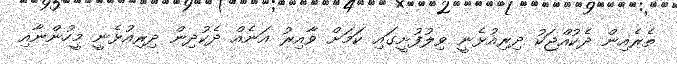
ތެރެއިން ދެކުއްޖަކު ދިރިއުޅެނީ ވިލުފުށީގައި ކަމަށް ވާއިރު އަނެއް ދެކުދިން ދިރިއުޅެނީ މީހުންނާއި